system: You are a helpful assistant.
user:
Analyze the provided spectrum to determine if it is a **White Dwarf (WD)**.

A White Dwarf spectrum is defined by its **extreme purity** (due to gravitational settling) and/or **extreme pressure broadening** (due to high surface gravity). You must check for one of the following mutually exclusive signatures:

- **Key Visual Indicators (Check for ONE of these types):**

    - **1. DA-Type Signature (Most Common):**
        - **(Primary Feature):** Extreme pressure broadening (Stark broadening) of the **Hydrogen (H) Balmer lines**.
        - **(Key Lines):** $H\beta$ (approx. $4861$ Å) and $H\gamma$ (approx. $4340$ Å). $H\alpha$ (approx. $6563$ Å) will also be present if the wavelength range covers it.
        - **(Line Profile):** This is the **defining feature**. The lines are **NOT** sharp. They appear as massive, **extremely broad and deep "troughs" or "dips"** in the spectrum, often hundreds of Ångströms wide. The continuum will appear to "scoop" down at these wavelengths.
        - **(Distinction):** Normal A-type or B-type stars have *narrow* and *sharp* Hydrogen lines. A DA White Dwarf's lines are unmistakably "smeared" or "blurry" from pressure.

    - **2. DB-Type Signature:**
        - **(Primary Feature):** Broad absorption lines from **Neutral Helium (He I)**. The spectrum must lack any visible Hydrogen lines.
        - **(Key Lines):** Look for broad absorption near $4471$ Å, $4921$ Å, and $5876$ Å.
        - **(Line Profile):** These lines are also significantly pressure-broadened, appearing much wider than they would in a normal B-type main-sequence star.

    - **3. DC-Type Signature:**
        - **(Primary Feature):** A **featureless continuous spectrum**.
        - **(Line Profile):** The spectrum is a smooth curve with **no significant absorption or emission lines**.
        - **(Key Confirmation):** The continuum is almost always **blue or white**, indicating a hot object. This signature implies the atmosphere is so pure (or so cool) that no spectral lines are visible in the optical range. Its WD identity is confirmed by its extremely low intrinsic brightness (high absolute magnitude).

    - **4. DZ-Type Signature (Metal-Polluted):**
        - **(Primary Feature):** **Isolated, narrow metal absorption lines** on an otherwise featureless (DC-like) continuum.
        - **(Key Lines):** The **Calcium (Ca II) H & K doublet** (approx. **$3934$ Å** and **$3968$ Å**) is the most common and defining feature.
        - **(Line Profile):** These lines are "out of place." They are *not* part of a "forest" of thousands of lines. This signature is evidence of recent *accretion* (pollution) from rocky debris.
        - **(Distinction):** Normal G/K/M stars have a *dense forest* of thousands of metal lines. A DZ has a *clean* continuum with *only a few* strong metal lines.

    - **5. DQ-Type Signature (Carbon-Polluted):**
        - **(Primary Feature):** Absorption bands from **Carbon (C₂ "Swan Bands" or atomic C I)**.
        - **(Key Lines - C₂):** Look for bandheads with a "saw-tooth" shape near $5635$ Å, **$5165$ Å** (strongest), and $4737$ Å.
        - **(Key Confirmation):** The underlying **continuum must be blue or white** (hot).
        - **(Distinction):** This is the critical difference from a **Carbon Star**, which has the *exact same* C₂ bands but on an extremely **red, cool** continuum.

- **(Overall Spectrum):**
    - The continuum (overall shape) is typically **blue-sloping** (brighter in the blue than the red), as most white dwarfs are very hot.
    - The spectrum will look "pure" or "simple," dominated by only *one* of the five signatures listed above.

Think first, call **spectral_visualization_tool** if needed to examine features in detail, then provide your final answer. Your response must adhere to the following strict rules:
1.  **Overall Structure:** Your response must follow the format `<think>...</think> <tool_call>...</tool_call> (if a tool is used) <answer>...</answer>`.
2.  **Tool Usage Constraint:** You may only make **one** tool call per turn.
3.  **Final Answer Format:** In the `<answer>` tag, your conclusion must be inside a `\boxed{}` command (e.g., `\boxed{YES}` or `\boxed{NO}`), followed by your justification.

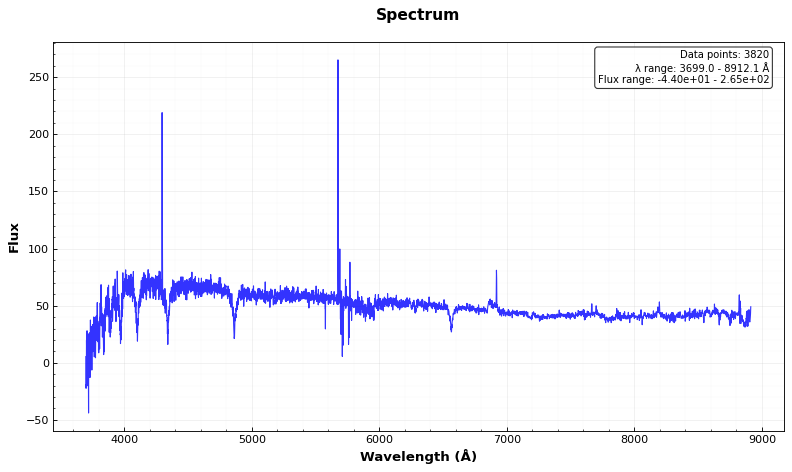
Answer: NO